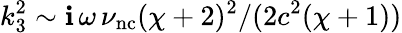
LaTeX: k_{3}^{2}\sim\mathbf{i}\, \omega\, \nu_{\mathrm{{nc}}}(\chi+2)^{2}/(2c^{2}(\chi+1))